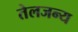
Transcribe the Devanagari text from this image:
तेलजन्य